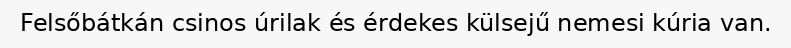
Felsőbátkán csinos úrilak és érdekes külsejű nemesi kúria van.